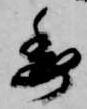
委